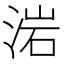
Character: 𣷰